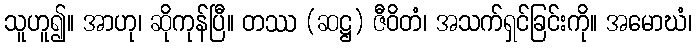
သူဟူ၍။ အာဟု၊ ဆိုကုန်ပြီ။ တဿ (ဆဋ္ဌ) ဇီဝိတံ၊ အသက်ရှင်ခြင်းကို။ အမောဃံ၊